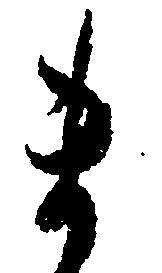
ま